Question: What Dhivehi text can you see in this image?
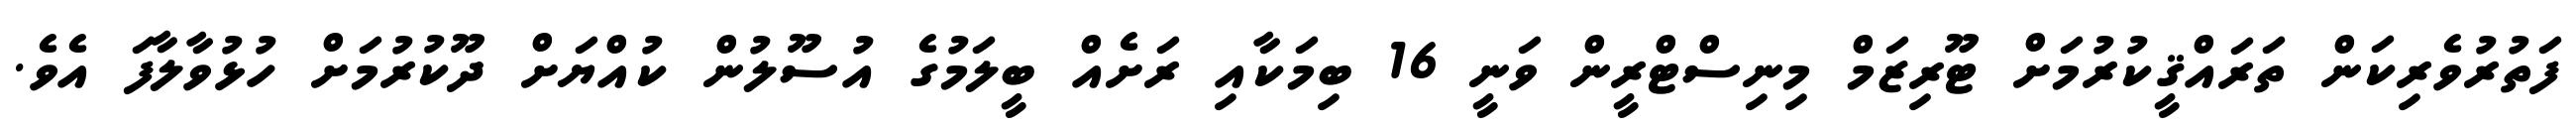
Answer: ފަތުރުވެރިކަން ތަރައްޤީކުރުމަށް ޓޫރިޒަމް މިނިސްޓްރީން ވަނީ 16 ބިމަކާއި ރަށެއް ބީލަމުގެ އުސޫލުން ކުއްޔަށް ދޫކުރުމަށް ހުޅުވާލާފަ އެވެ.